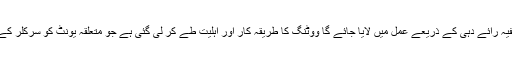
پارٹی کی نئی قیادت کا چناؤ خفیہ رائے دہی کے ذریعے عمل میں لایا جائے گا ووٹنگ کا طریقہ کار اور اہلیت طے کر لی گئی ہے جو متعلقہ یونٹ کو سرکلر کے طور پر پہنچا دی جائے گی ۔